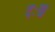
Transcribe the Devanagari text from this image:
दःख